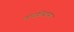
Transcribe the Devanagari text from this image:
वॉचलिस्टच्या